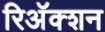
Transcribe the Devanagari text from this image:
रिअॅक्शन